Lock hospitals Punjab
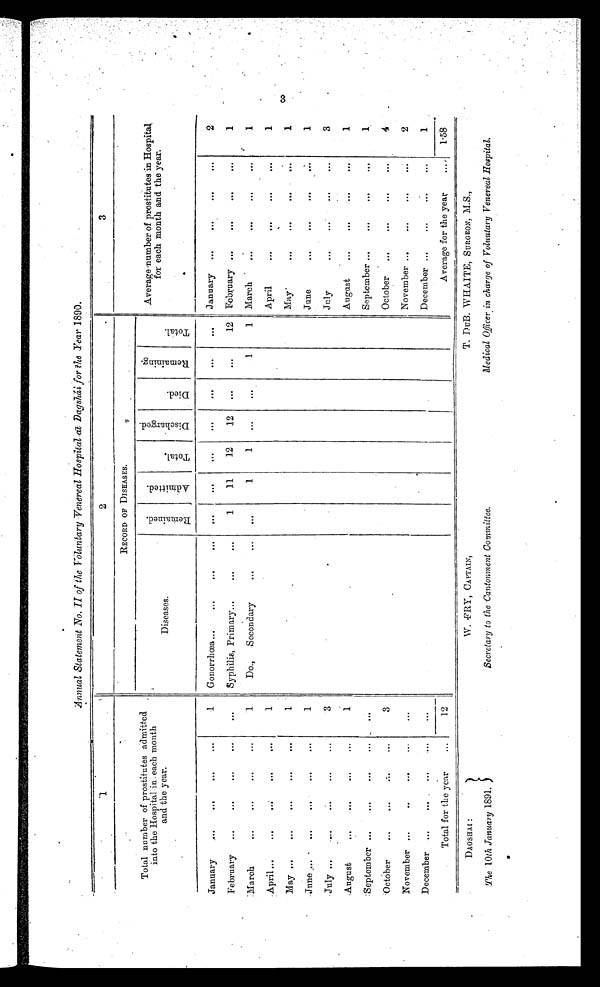
Annual Statement No. II of the Voluntary Venereal Hospital at Dagshái for the Year 1890.
1
2
3
Total number of prostitutes admitted
into the Hospital in each month
and the year.
RECORD OF DISEASES.
Average number of prostitutes in Hospital
for each month and the year.
Diseases.
R e m a i n e d .
A d m i t t e d .
T o t a l .
D i s c h a r e d .
D i e d .
R e m a i n i n g .
T o t a l .
January
1
Gonorrhœa
...
. . .
. . .
. . .
. . .
. . .
. . .
January
2
February
. . .
Syphilis, Primary
1
11
12
12
...
...
12
February
1
March
1
Do.,
Secondary
. . .
1
1
. . .
. . .
1
1
March
1
April
1
April
1
May
1
May
1
June
1
June
1
July
3
July
3
August
1
August
1
September
. . .
September
1
October
3
October
4
November
. . .
November
2
December
...
December
1
Total for the year
12
Average for the year
1.58
DAGSHAI :
W. FRY, CAPTAIN,
T. DUB. WHAITE, SURGEON, M.S.,
The 10th January 1891.
Secretary to the Cantonment Committee.
Medical Officer charge of Voluntary Venereal Hospital.
3